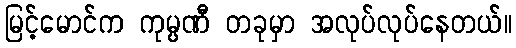
မြင့်မောင်က ကုမ္ပဏီ တခုမှာ အလုပ်လုပ်နေတယ်။